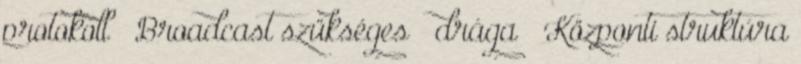
protokoll – Broadcast szükséges – drága – Központi struktúra